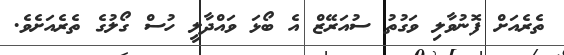
ތެރެއަށް ފޮނުވާލި ވަގުތު ސުއަރޭޒް އެ ބޯޅަ ވައްދާލީ ހުސް ގޯލުގެ ތެރެއަށެވެ.